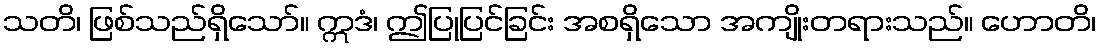
သတိ၊ ဖြစ်သည်ရှိသော်။ ဣဒံ၊ ဤပြုပြင်ခြင်း အစရှိသော အကျိုးတရားသည်။ ဟောတိ၊